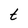
Character: t